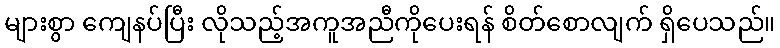
များစွာ ကျေနပ်ပြီး လိုသည့်အကူအညီကိုပေးရန် စိတ်စောလျက် ရှိပေသည်။